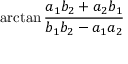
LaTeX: \arctan { \frac { a _ { 1 } b _ { 2 } + a _ { 2 } b _ { 1 } } { b _ { 1 } b _ { 2 } - a _ { 1 } a _ { 2 } } }